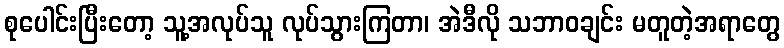
စုပေါင်းပြီးတော့ သူ့အလုပ်သူ လုပ်သွားကြတာ၊ အဲဒီလို သဘာဝချင်း မတူတဲ့အရာတွေ